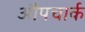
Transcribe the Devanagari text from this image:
औपचार्क